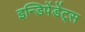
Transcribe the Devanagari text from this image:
इन्डिपेंडेंट्स